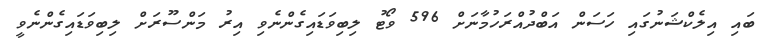
ބައި އިލެކްޝަނުގައި ހަސަން އަބްދުއްރަހުމާނަށް 596 ވޯޓު ލިބިވަޑައިގެންނެވި އިރު މަންސޫރަށް ލިބިވަޑައިގެންނެވީ